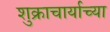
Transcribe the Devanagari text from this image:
शुक्राचार्याच्या